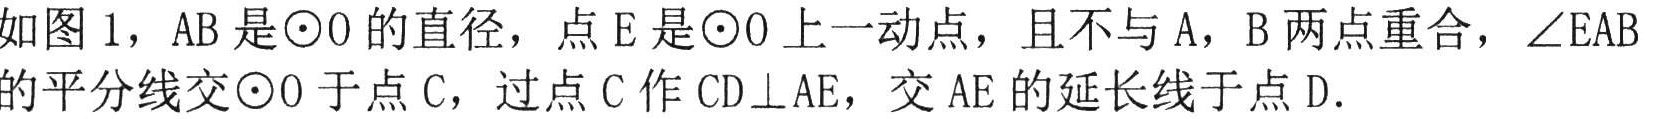
如图1，\(AB\)是\(\odot O\)的直径，点\(E\)是\(\odot O\)上一动点，且不与\(A\)，\(B\)两点重合，\(\angle EAB\)
的平分线交\(\odot O\)于点\(C\)，过点\(C\)作\(CD\perp AE\)，交\(AE\)的延长线于点\(D\).